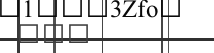
١٠٩